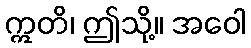
ဣတိ၊ ဤသို့။ အဝေါ